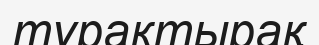
тұрактырақ